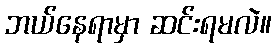
ဘယ်နေရာမှာ ဆင်းရမလဲ။